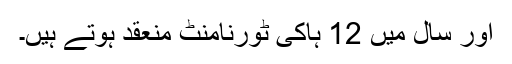
اور سال میں 12 ہاکی ٹورنامنٹ منعقد ہوتے ہیں۔